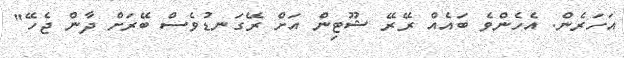
އަހަރެން. އެހެންވެ ބައެއް ރޭރޭ ޝޫޓިން އަށް ރޭގަނޑުވެސް ބޭރަށް ދާން ޖެހޭ"